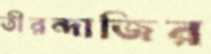
তীরন্দাজির